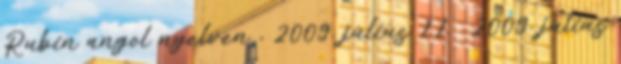
Rubin angol nyelven , 2009. július 11. 2009. július